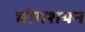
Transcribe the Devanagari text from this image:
भोगशयन